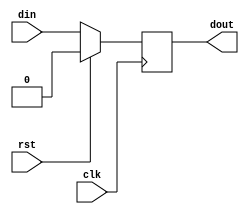
`timescale 1ns / 1ps
//////////////////////////////////////////////////////////////////////////////////
// Company: 
// Engineer: 
// 
// Design Name: 
// Module Name: d_ff
// Project Name: 
// Target Devices: 
// Tool Versions: 
// Description: 
// 
// Dependencies: 
// 
// Revision:
// Revision 0.01 - File Created
// Additional Comments:
// 
//////////////////////////////////////////////////////////////////////////////////


module d_ff(input din, clk, rst, output reg dout);
 always @ (posedge clk) begin
 if (rst) dout <= 0;
 else dout <= din;
 end
endmodule